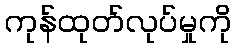
ကုန်ထုတ်လုပ်မှုကို